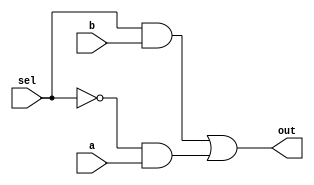
module top_module (
	input a,
	input b,
	input sel,
	output out
);

	assign out = (sel & b) | (~sel & a);	// Mux expressed as AND and OR
	
	// Ternary operator is easier to read, especially if vectors are used:
	// assign out = sel ? b : a;
	
endmodule